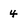
Character: 4